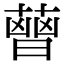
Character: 𦻤